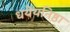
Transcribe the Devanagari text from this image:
धयेयनिष्ठा